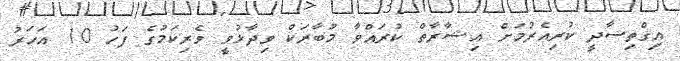
އިގްތިސާދީ ކުރިއެރުމަށް އިޝާރާތް ކުރައްވާ މުބާރަކް ވިދާޅުވީ ވެރިކަމުގެ ފަހު 10 އަހަރު